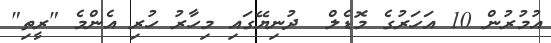
އުމުރުން 10 އަހަރުގެ މޮޑެލް  ދުނިޔޭގައި މިހާރު ހުރި އެންމެ "ރީތި"